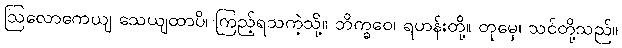
ဩလောကေယျ သေယျထာပိ၊ ကြည့်ရသကဲ့သို့။ ဘိက္ခဝေ၊ ရဟန်းတို့။ တုမှေ၊ သင်တို့သည်။